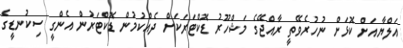
އަލްޔާއަށް ކޮޅަށް ނުހުރެވޭތީ ރާއްޖޭގެ މަޝްހޫރު ޑޮކްޓަރަކަށް ދެއްކުމުން ޑޮކްޓަރުން އެންގީ ސިކުނޑީގެ